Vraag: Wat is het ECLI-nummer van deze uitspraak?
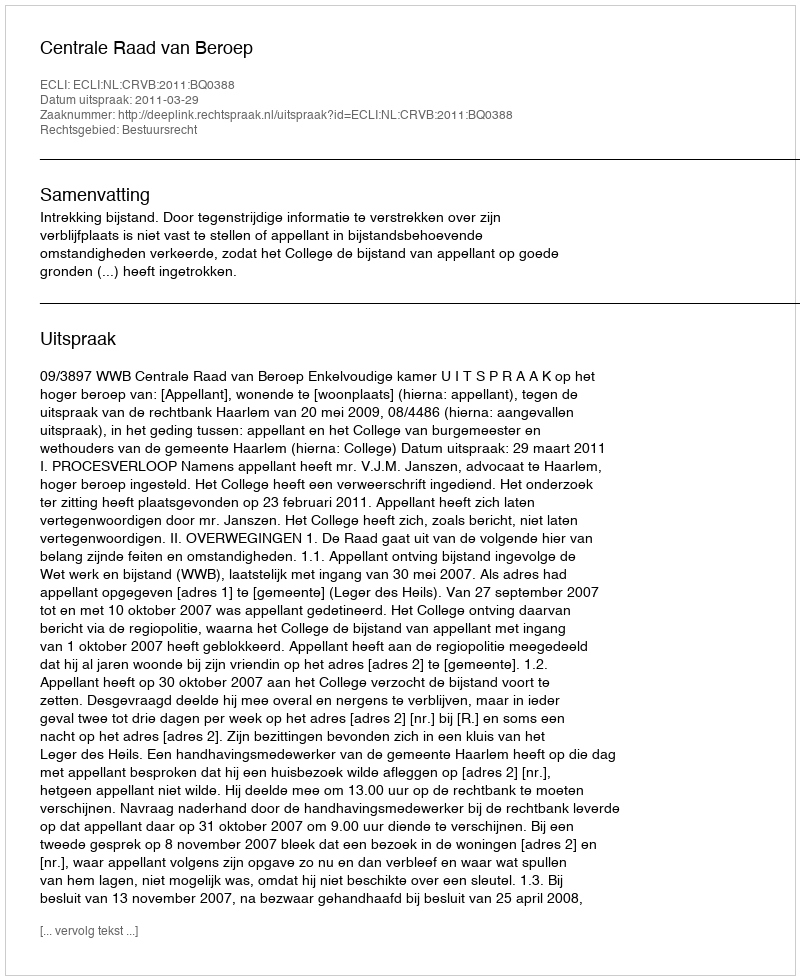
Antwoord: ECLI:NL:CRVB:2011:BQ0388